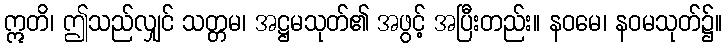
ဣတိ၊ ဤသည်လျှင် သတ္တမ၊ အဋ္ဌမသုတ်၏ အဖွင့် အပြီးတည်း။ နဝမေ၊ နဝမသုတ်၌။